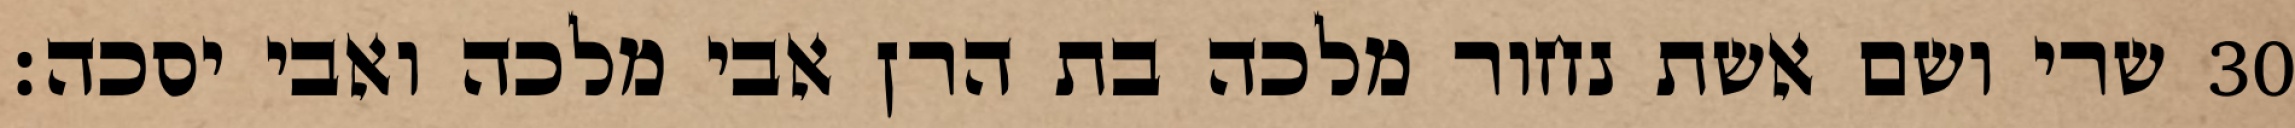
שרי ושם אשת נחור מלכה בת הרן אבי מלכה ואבי יסכה׃ ‎30‏